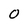
Character: 0